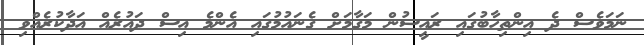
ނަމަވެސް ދެ އިންތިހާބުގައި ރައީސުން މަގާމަށް ގެނައުމުގައި އެންމެ އިސް ދައުރެއް އަދާކުރެއްވި